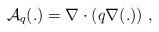
LaTeX: \begin{align*}\mathcal{A}_q (.) = \nabla \cdot (q \nabla (.))~,\end{align*}